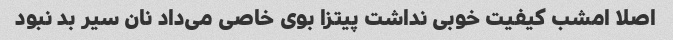
اصلا امشب کیفیت خوبی نداشت پیتزا بوی خاصی می‌داد نان سیر بد نبود